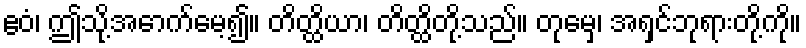
ဧဝံ၊ ဤသို့အောက်မေ့၍။ တိတ္ထိယာ၊ တိတ္ထိတို့သည်။ တုမှေ၊ အရှင်ဘုရားတို့ကို။